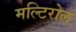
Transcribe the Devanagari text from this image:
मल्टिरोल